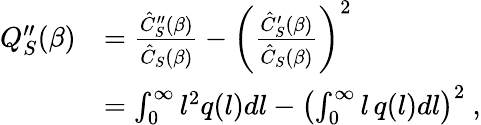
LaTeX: \begin{array}{rl}{Q_{S}^{\prime\prime}(\beta)}&{=\frac{\hat{C}_{S}^{\prime\prime}(\beta)}{\hat{C}_{S}(\beta)}-\left(\frac{\hat{C}_{S}^{\prime}(\beta)}{\hat{C}_{S}(\beta)}\right)^{2}}\\ &{=\int_{0}^{\infty}l^{2}q(l)dl-\left(\int_{0}^{\infty}l\, q(l)dl\right)^{2}\ ,}\end{array}